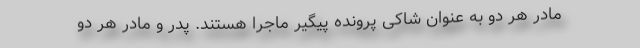
مادر هر دو به عنوان شاکی پرونده پیگیر ماجرا هستند. پدر و مادر هر دو